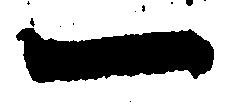
一